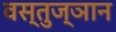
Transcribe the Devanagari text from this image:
वस्तुज्ञान